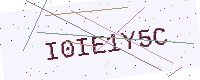
Text: I0IE1Y5C